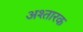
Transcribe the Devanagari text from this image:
अश्तारक